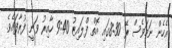
އެހެން ނަމަވެސް ރޭ 8:30ގައި އޮތް ފްލައިޓު 9:40 ހާއިރު ވަނީ ފުރާފައެވެ.